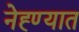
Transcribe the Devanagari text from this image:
नेह्ण्यात